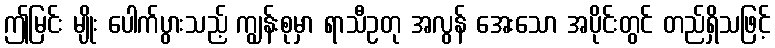
ဤမြင်း မျိုး ပေါက်ပွားသည့် ကျွန်းစုမှာ ရာသီဥတု အလွန် အေးသော အပိုင်းတွင် တည်ရှိသဖြင့်